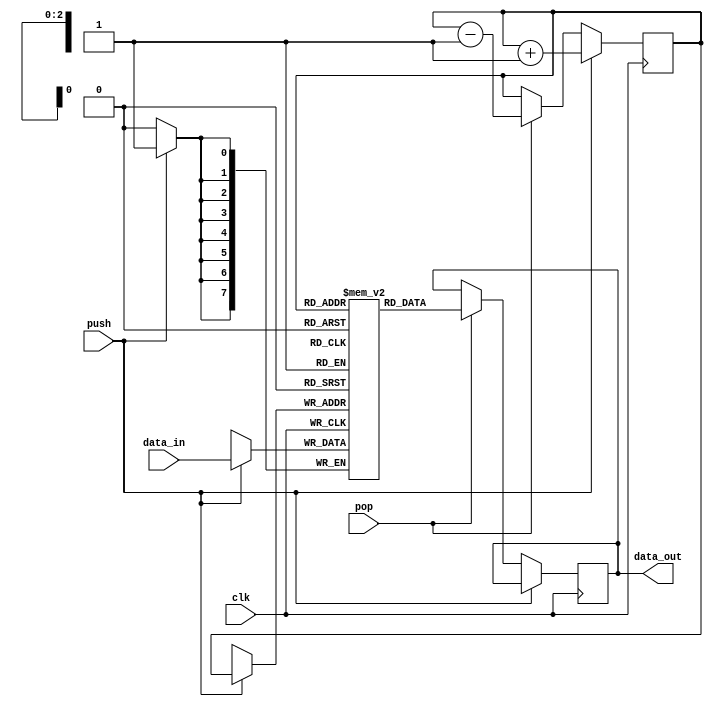
module lifo (
    input wire clk,
    input wire push,
    input wire pop,
    input wire [7:0] data_in,
    output reg [7:0] data_out
);

reg [7:0] stack [0:7];
reg [2:0] top;

always @ (posedge clk) begin
    if (push) begin
        stack[top] <= data_in;
        top <= top + 1;
    end else if (pop) begin
        data_out <= stack[top];
        top <= top - 1;
    end
end

endmodule